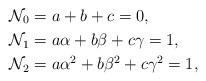
LaTeX: \begin{align*}\mathcal{N}_0 &= a+b+c=0,\\\mathcal{N}_1 &=a\alpha+b\beta + c\gamma=1,\\\mathcal{N}_2 &=a\alpha^2+b\beta^2+c\gamma^2=1,\end{align*}